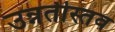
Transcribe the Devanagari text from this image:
उन्नतीस्तव